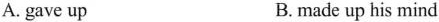
A. gave up B.made up his mind